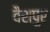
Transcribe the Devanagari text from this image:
वैशपुर